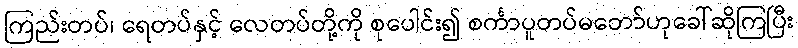
ကြည်းတပ်၊ ရေတပ်နှင့် လေတပ်တို့ကို စုပေါင်း၍ စင်္ကာပူတပ်မတော်ဟုခေါ်ဆိုကြပြီး